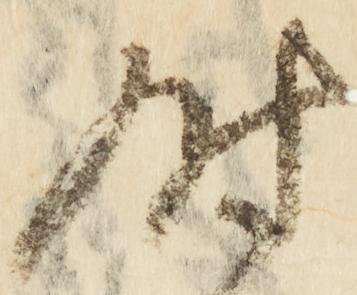
時